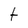
Character: t